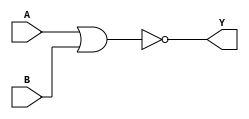
module sky130_fd_sc_hdll__nor2 (
    Y,
    A,
    B
);

    // Module ports
    output Y;
    input  A;
    input  B;

    // Local signals
    wire nor0_out_Y;

    //  Name  Output      Other arguments
    nor nor0 (nor0_out_Y, A, B           );
    buf buf0 (Y         , nor0_out_Y     );

endmodule